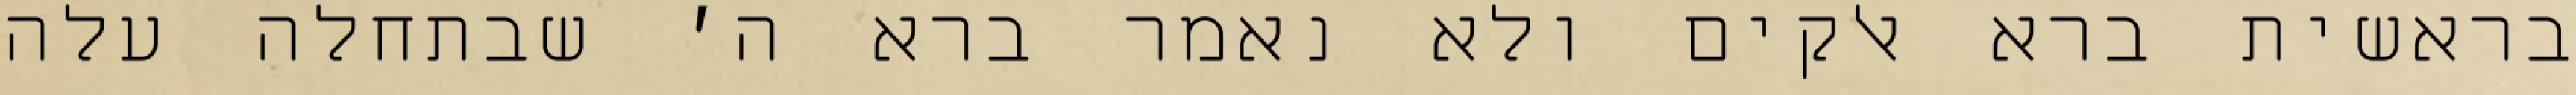
בראשית ברא אלקים ולא נאמר ברא ה׳ שבתחלה עלה